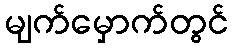
မျက်မှောက်တွင်